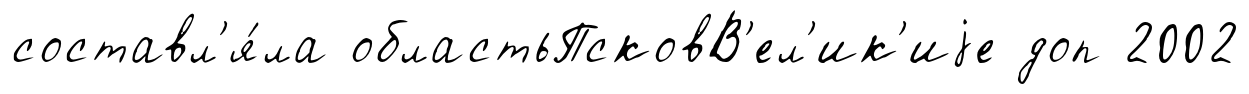
составл'я́ла областьПсковВ'ел'ик'иjе доп 2002